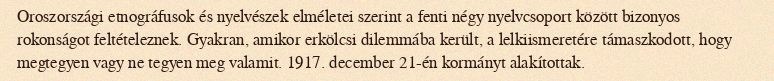
Oroszországi etnográfusok és nyelvészek elméletei szerint a fenti négy nyelvcsoport között bizonyos rokonságot feltételeznek. Gyakran, amikor erkölcsi dilemmába került, a lelkiismeretére támaszkodott, hogy megtegyen vagy ne tegyen meg valamit. 1917. december 21-én kormányt alakítottak.